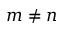
m \neq n